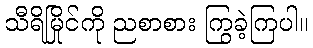
သီရိမြိုင်ကို ညစာစား ကြွခဲ့ကြပါ။